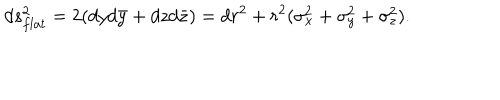
d s _ { f l a t } ^ { 2 } = 2 ( d y d \bar { y } + d z d \bar { z } ) = d r ^ { 2 } + r ^ { 2 } ( \sigma _ { x } ^ { 2 } + \sigma _ { y } ^ { 2 } + \sigma _ { z } ^ { 2 } ) .